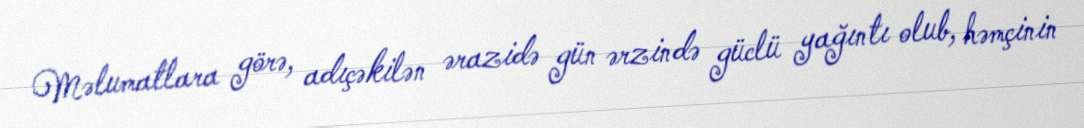
Məlumatlara görə, adıçəkilən ərazidə gün ərzində güclü yağıntı olub, həmçinin